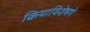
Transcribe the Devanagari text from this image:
क्रियाविशेषणे